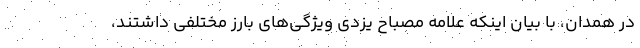
در همدان، با بیان اینکه علامه مصباح یزدی ویژگی‌های بارز مختلفی داشتند،